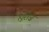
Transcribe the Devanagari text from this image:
ह्यूरोज़